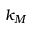
k _ { M }